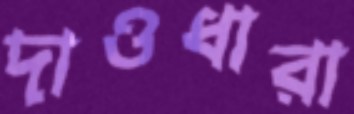
দাওধারা